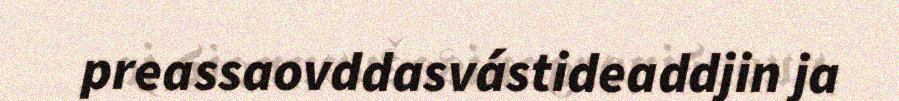
preassaovddasvástideaddjin ja